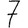
Digit: 7